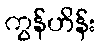
ကွန်ဟိန်း